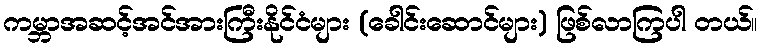
ကမ္ဘာအဆင့်အင်အားကြီးနိုင်ငံများ (ခေါင်းဆောင်များ) ဖြစ်လာကြပါ တယ်။